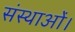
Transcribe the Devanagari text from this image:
संस्थाओं।